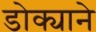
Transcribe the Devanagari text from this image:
डोक्याने